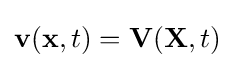
\mathbf {v} (\mathbf {x} ,t)=\mathbf {V} (\mathbf {X} ,t)